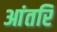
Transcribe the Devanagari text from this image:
आंतरि